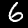
Digit: 6